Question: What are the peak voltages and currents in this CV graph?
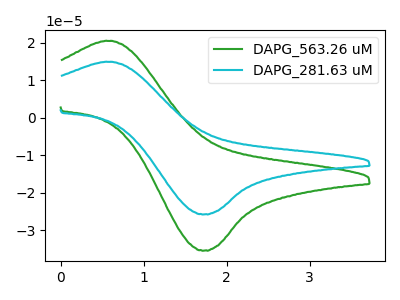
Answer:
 <answer>The green curve "DAPG_563.26 uM" has an anodic peak at (0.60V, 20.50uA) and a cathodic peak at (1.75V, -35.45uA). The cyan curve "DAPG_281.63 uM" has an anodic peak at (0.60V, 14.90uA) and a cathodic peak at (1.75V, -25.80uA).</answer>
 <eval></eval>